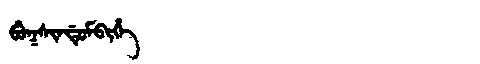
Manchu: ᠪᡠᡴᠰᡳᠨᡩᡠᠮᠪᡳᡥᡝ
Romanization: BUKSINDUMBIHE